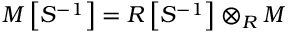
M \left[ S ^ { - 1 } \right] = R \left[ S ^ { - 1 } \right] \otimes _ { R } M